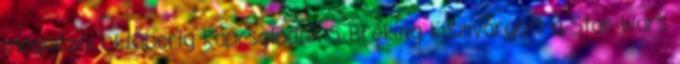
megnézni októberig Kapcsolódók 5 Bréking Kiszivárgott a Star Wars